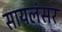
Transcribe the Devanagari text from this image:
सायलंसर